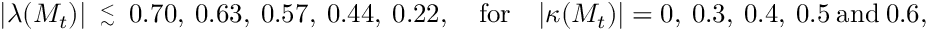
| \lambda ( M _ { t } ) | \ \stackrel { < } { { } _ { \sim } } \ 0 . 7 0 , \ 0 . 6 3 , \ 0 . 5 7 , \ 0 . 4 4 , \ 0 . 2 2 , \quad \mathrm { f o r } \quad | \kappa ( M _ { t } ) | = 0 , \ 0 . 3 , \ 0 . 4 , \ 0 . 5 \ \mathrm { a n d } \ 0 . 6 ,